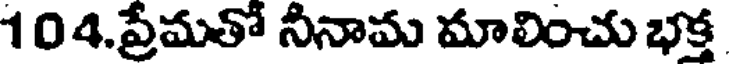
104.ప్రేమతో నినామ మాలించు భక్త